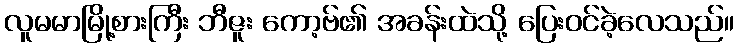
လူမမာမြို့စားကြီး ဘီဇူး ကော့ဗ်၏ အခန်းထဲသို့ ပြေးဝင်ခဲ့လေသည်။